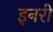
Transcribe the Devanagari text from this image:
इनरी